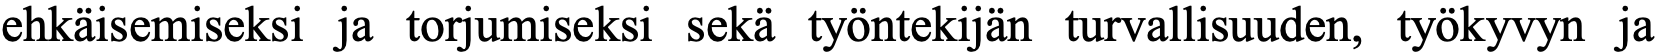
ehkäisemiseksi ja torjumiseksi sekä työntekijän turvallisuuden, työkyvyn ja